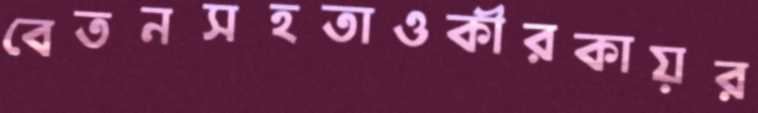
বেতনসহতাওকীরকায়র